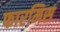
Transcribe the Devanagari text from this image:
फारमिस